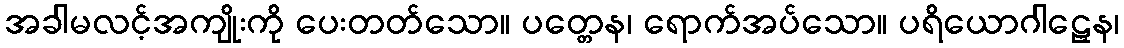
အခါမလင့်အကျိုးကို ပေးတတ်သော။ ပတ္တေန၊ ရောက်အပ်သော။ ပရိယောဂါဠှေန၊